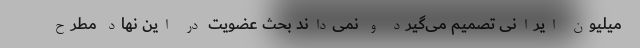
میلیون ایرانی تصمیم می‌گیرد و نمی‌داند بحث عضویت در این نهاد مطرح